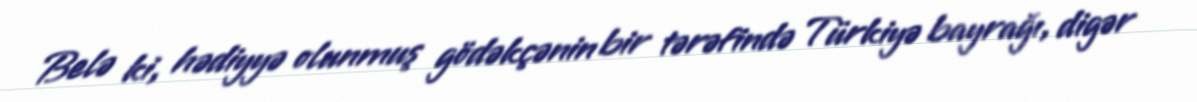
Belə ki, hədiyyə olunmuş gödəkçənin bir tərəfində Türkiyə bayrağı, digər